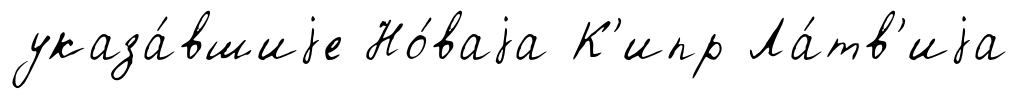
указа́вшиjе Но́ваjа К'ипр Ла́тв'иjа